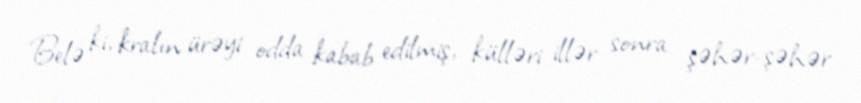
Belə ki, kralın ürəyi odda kabab edilmiş, külləri illər sonra şəhər-şəhər